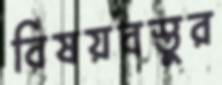
বিষয়বস্তুর